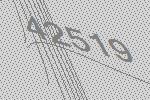
42519